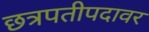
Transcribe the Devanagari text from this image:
छत्रपतीपदावर